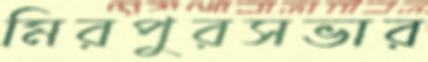
মিরপুরসভার